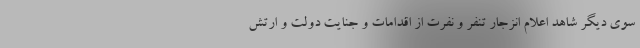
سوی دیگر شاهد اعلام انزجار تنفر و نفرت از اقدامات و جنایت دولت و ارتش